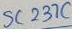
Text: SC237C